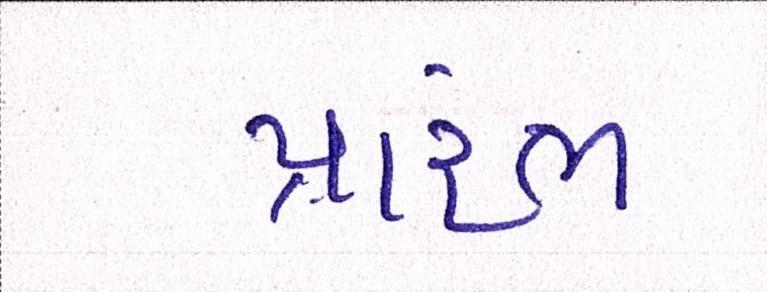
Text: પ્રારંભ